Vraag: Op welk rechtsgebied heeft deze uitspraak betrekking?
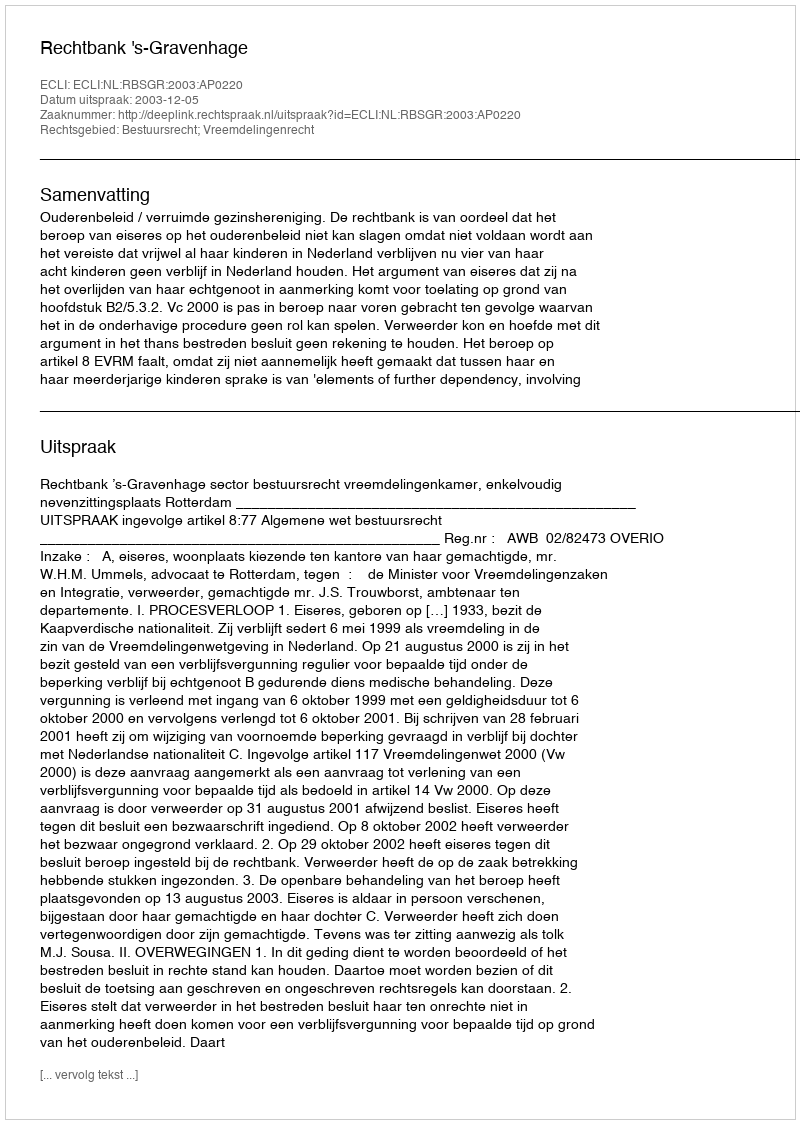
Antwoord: Bestuursrecht; Vreemdelingenrecht